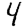
Digit: 4